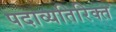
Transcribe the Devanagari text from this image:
पदाव्यतिरिक्त